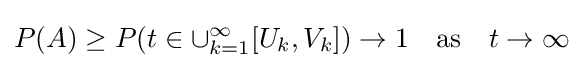
P(A)\geq P(t\in \cup _{k=1}^{\infty }[U_{k},V_{k}])\to 1\quad {\text{as}}\quad t\to \infty